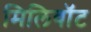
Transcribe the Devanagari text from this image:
मिलिवॉट